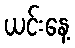
ယင်းနေ့